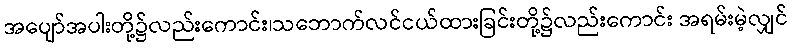
အပျော်အပါးတို့၌လည်းကောင်း၊သဘောက်လင်ငယ်ထားခြင်းတို့၌လည်းကောင်း အရမ်းမဲ့လျှင်